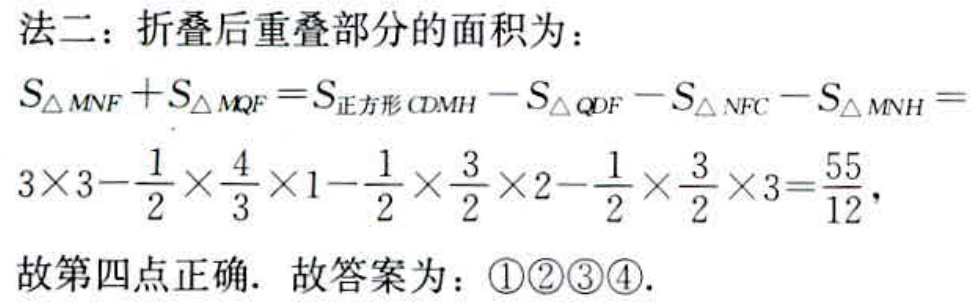
法二：折叠后重叠部分的面积为：
\[
S_{\triangle MNF}+S_{\triangle MQF}=S_{正方形 CDMH}-S_{\triangle QDF}-S_{\triangle NFC}-S_{\triangle MNH}=
3\times3 - \frac{1}{2}\times\frac{4}{3}\times1 - \frac{1}{2}\times\frac{3}{2}\times2 - \frac{1}{2}\times\frac{3}{2}\times3=\frac{55}{12},
\]
故第四点正确. 故答案为：\textcircled{1}\textcircled{2}\textcircled{3}\textcircled{4}.